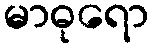
မာဓုရော